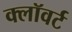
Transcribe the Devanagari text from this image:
क्लॉवर्ट